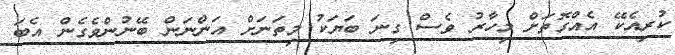
ކުރިއެކޭ އެއްގޮތަށް މިހާރު ވެސް ގިނަ ބަޔަކު މިތަނަށް އަންނަން ބޭނުންވެގެން އެބަ